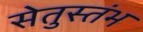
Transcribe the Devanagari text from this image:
सेतुस्तंभ